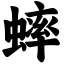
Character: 蟀